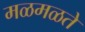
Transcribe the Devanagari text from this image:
मळमळते